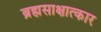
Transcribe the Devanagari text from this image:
ब्रह्मसाक्षात्कार